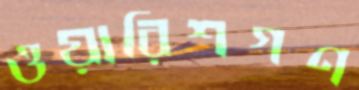
ওয়ারিশগণ